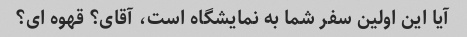
آیا این اولین سفر شما به نمایشگاه است، آقای؟ قهوه ای؟